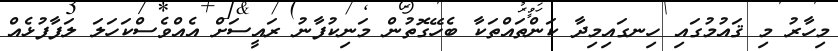
މިހާރު މި ޤައުމުގައި ހިނގައިމިދާ ކަންތައްތަކާ ބެހޭގޮތުން މަނިކުފާނު ރައީސަށް އެއްވެސްކަހަލަ ލަފާފުޅެއް